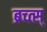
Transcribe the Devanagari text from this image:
ब्रच्त्स्